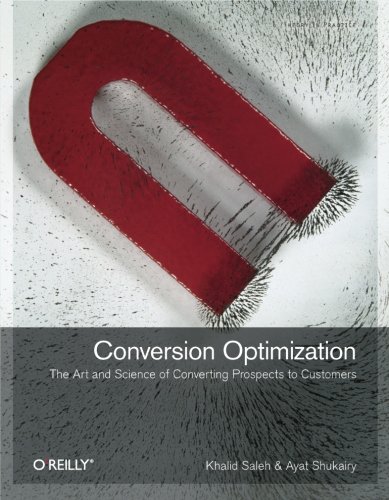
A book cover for Conversion Optimization: The Art and Science of Converting Prospects to Customers; Khalid Saleh; Computers & Technology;